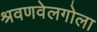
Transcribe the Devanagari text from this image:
श्रवणवेलगोला